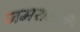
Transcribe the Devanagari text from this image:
जमशेठजी